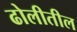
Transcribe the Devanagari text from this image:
ढोलीतील